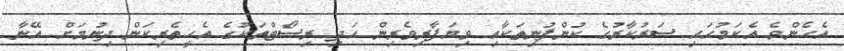
އެހެންވެ އެކަމުގައި ސަރުކާރުގެ ކުންފުނިތަކާއި ވިޔަފާރިވެރިން އަދި ރިސޯޓްތަކުގެ އެހީތެރިކަން ދިނުމަށް އޭނާ